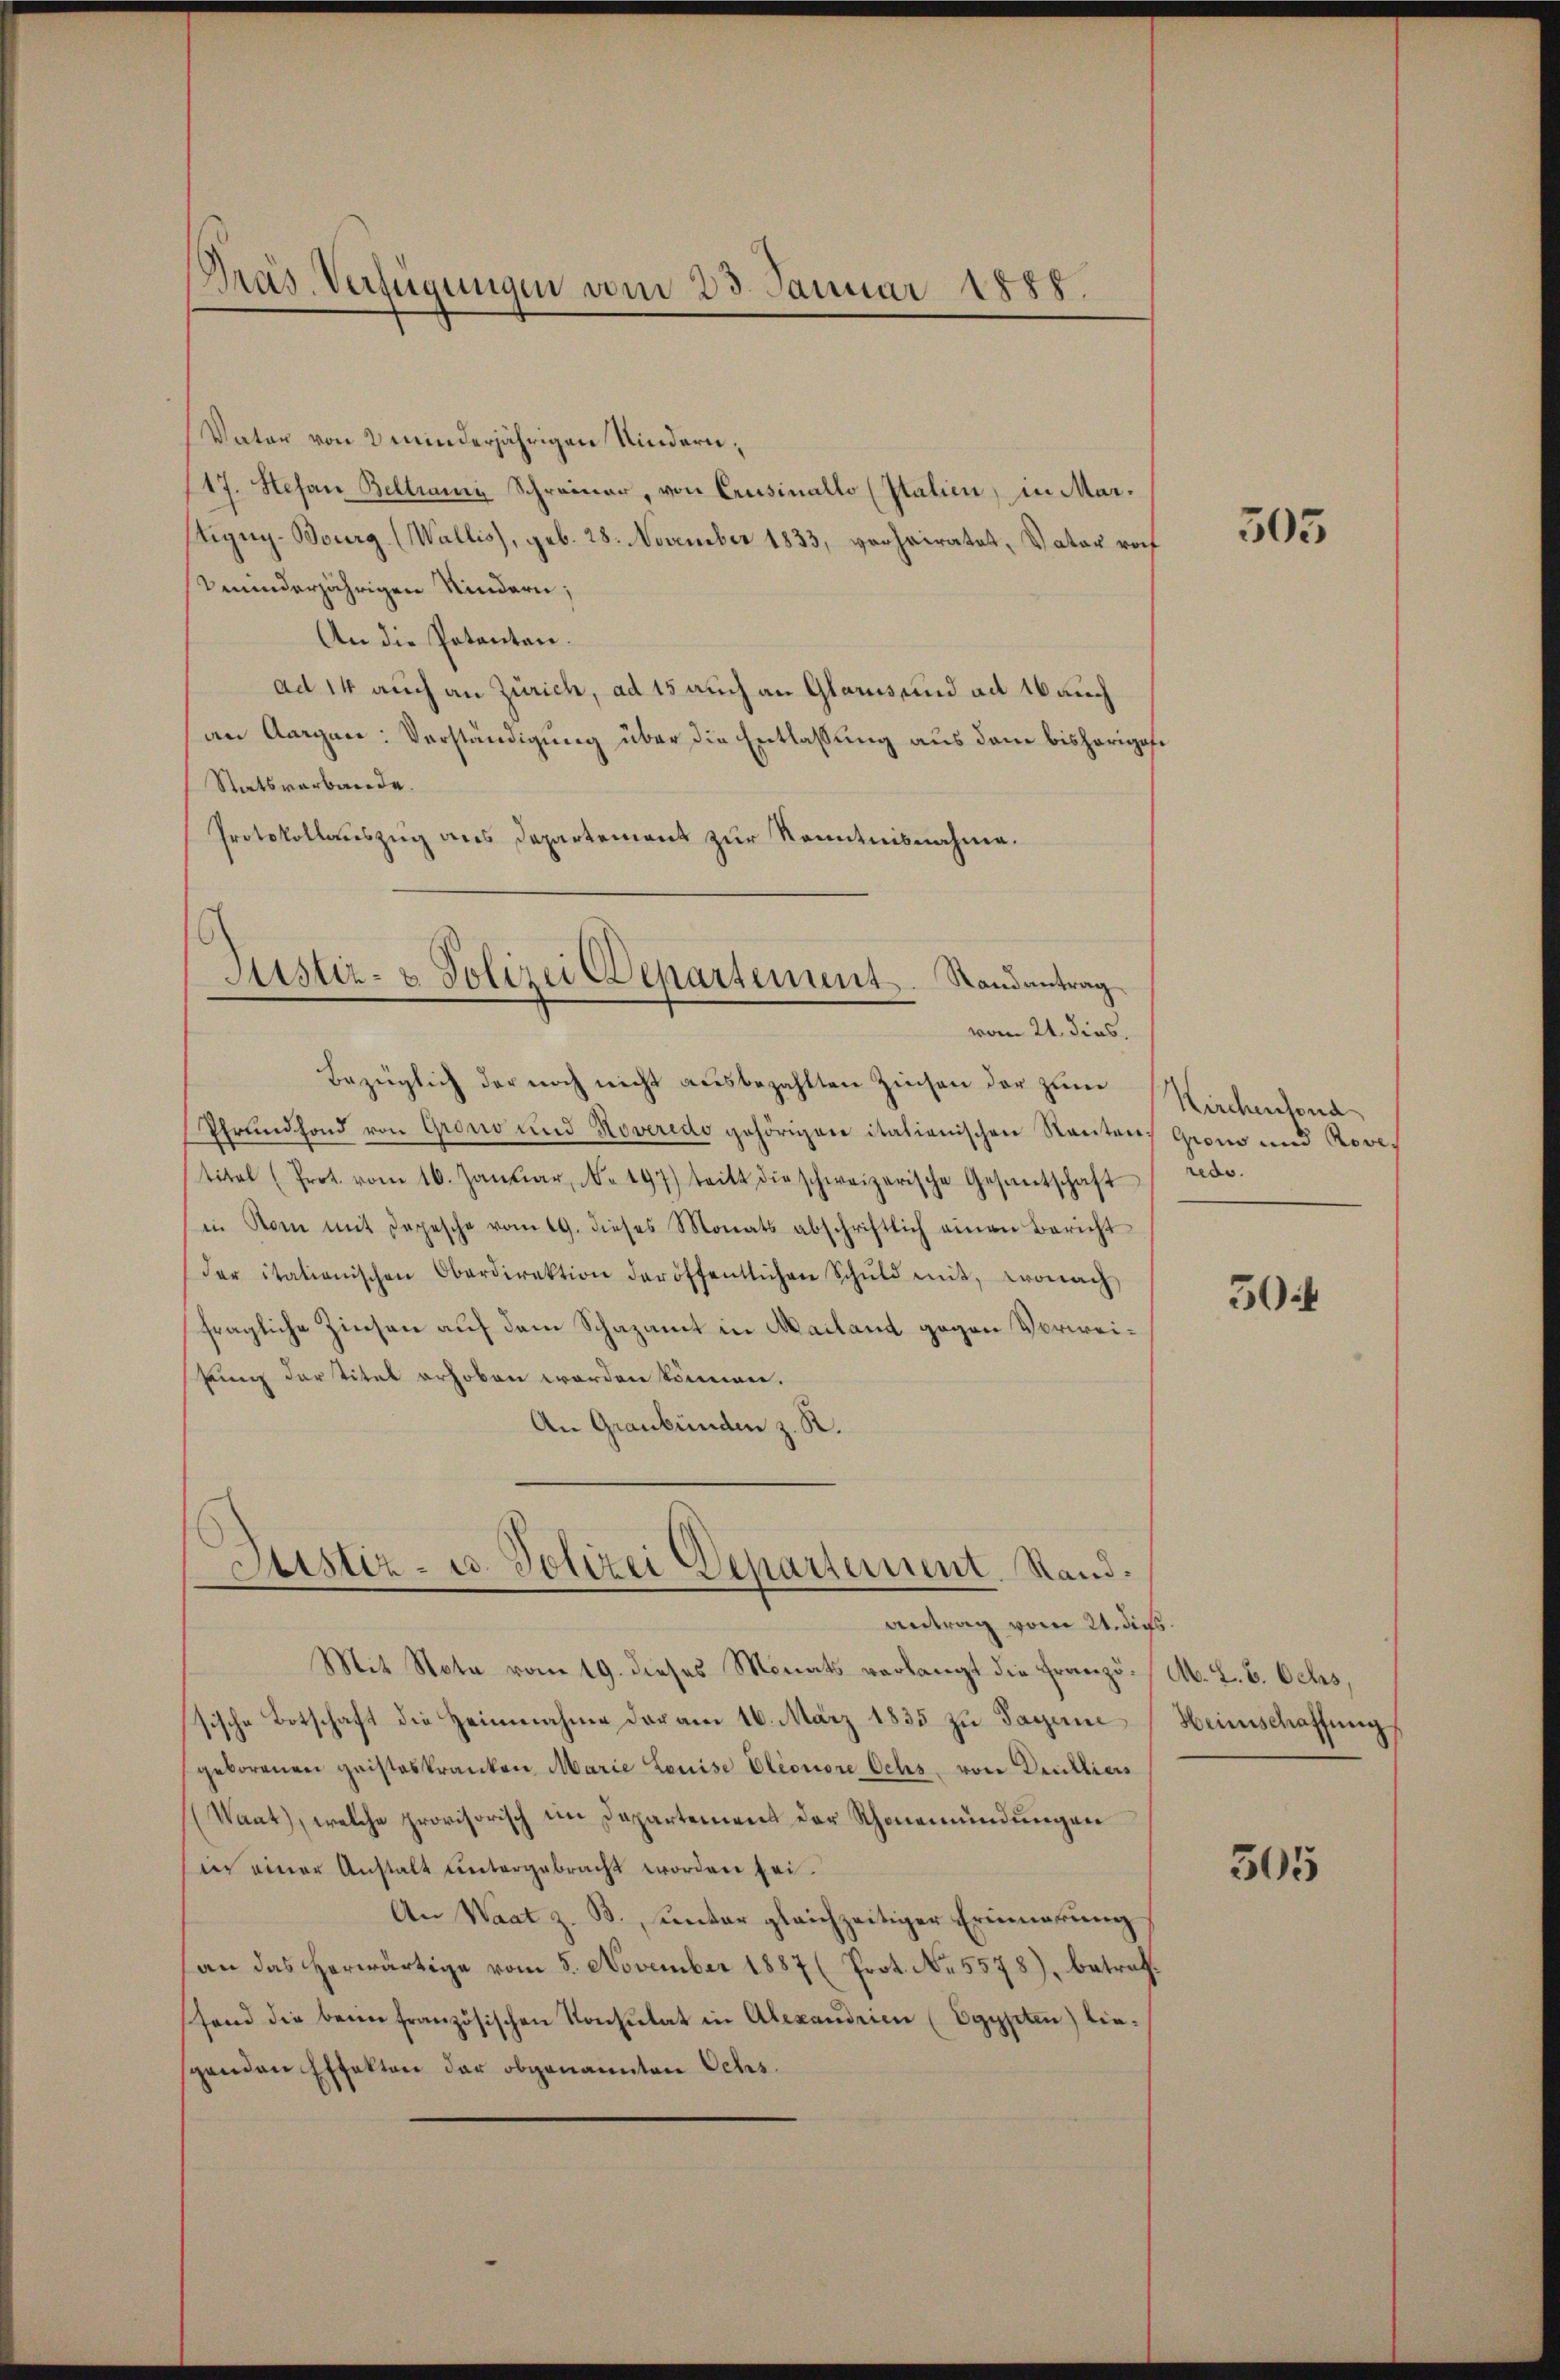
Pras. Verfügungen vom 23. Januar 1888.

Vater von 2 minderjährigen Kindern,
117. Stefan Beltrame Schreiner, von Crusinallo (Italien, in Mar¬
Aigny-Bourg (Wallis), geb. 28. November 1833, verheiratet, Vater roch
bminderjährigen Kindern;
An die Potanten.
ad 14 auch an Zürich, ad 15 auch an Glarus und ad 16 auch
an Aargau: Verständigung über die Entlassung aus dem bisherigese
Statsverbande.
Protokollauszug aus Departement zur Kenntnisnahme.

Justiz- & Polizei Departement. Randantrag
vom 21. dies.

Bezüglich der noch nicht ausbezahlten Zinsen der zum
Pfrundfond von Grono und Noveredo gehörigen italienischen Renten Grom und Rove,
titel (Prot. vom 10. Januar, No. 197) teilt die schweizerische Gesantschaft rede.
in Rom mit Depesche vom 19. dieses Monats abschriftlich einen Bericht
(der itationischen Oberdirektion der öffentlichen Schŭld mit, wonach
fragliche Zinsen auf dem Schazamt in Mailand gegen Vorweikung der Titel erhoben worden können.
An Graubünden z. R.

Justiz- u. Polizei Departement. Stand.
antrag vom 21. dies

Mit Nota vom 19. dieses Monats verlangt die Franzö-/ M. L. B. Ochs,
sische Botschaft die Heimnahme der am 16. März 1835 zu Tagene Weinschaffung
geborenen geisteskranken Marie Louise Eleonore Ochs, von Drulliers
(Waat), welche provisorisch im Departement der Schönemündungen
in einer Anstalt untergebracht worden sei.
An Waat z. B., unter gleichzeitiger Erinnerung
an das herwärtige vom 5. November 1887 (Prot. No. 5578), betreffond die beim französischen Konsulat in Alexandrien (Egypten) liespenden Effekten der obgenannten Ochs

305

Kirchenfond

50

305